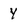
Character: y